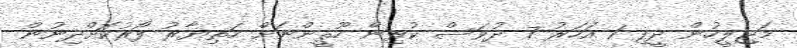
މަޖިލީހުން ދީފި 1 އަހަރު 7 ދުވަސް ކުރިން ހޫޘީންނަށް ހަތިޔާރު ފޯރުކޮށްދިނުން